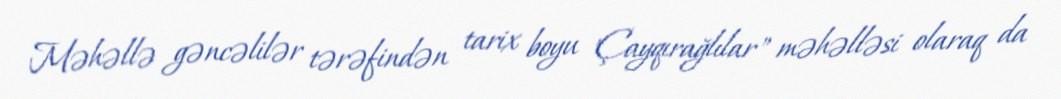
Məhəllə gəncəlilər tərəfindən tarix boyu "Çayqırağlılar" məhəlləsi olaraq da